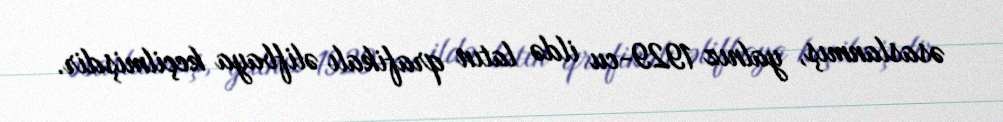
əsaslanmış, yalnız 1929-cu ildə latın qrafikalı əlifbaya keçilmişdir.